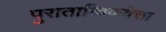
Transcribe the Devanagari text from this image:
पुरातात्त्विकवेत्ता